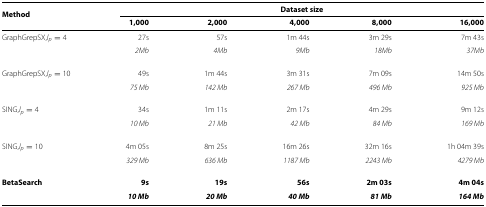
<table><thead><tr><td>[EMPTY_CELL]</td><td colspan="5"><b>Dataset size</b></td></tr><tr><td rowspan="2"><b>Method</b></td><td><b>1,000</b></td><td><b>2,000</b></td><td><b>4,000</b></td><td><b>8,000</b></td><td><b>16,000</b></td></tr></thead><tbody><tr><td>GraphGrepSX,<i>l</i><sub><i>p</i></sub>=4</td><td>27s</td><td>57s</td><td>1m 44s</td><td>3m 29s</td><td>7m 43s</td></tr><tr><td>[EMPTY_CELL]</td><td><i>2Mb</i></td><td><i>4Mb</i></td><td><i>9Mb</i></td><td><i>18Mb</i></td><td><i>37Mb</i></td></tr><tr><td>GraphGrepSX,<i>l</i><sub><i>p</i></sub>=10</td><td>49s</td><td>1m 44s</td><td>3m 31s</td><td>7m 09s</td><td>14m 50s</td></tr><tr><td>[EMPTY_CELL]</td><td><i>75 Mb</i></td><td><i>142 Mb</i></td><td><i>267 Mb</i></td><td><i>496 Mb</i></td><td><i>925 Mb</i></td></tr><tr><td>SING,<i>l</i><sub><i>p</i></sub>=4</td><td>34s</td><td>1m 11s</td><td>2m 17s</td><td>4m 29s</td><td>9m 12s</td></tr><tr><td>[EMPTY_CELL]</td><td><i>10 Mb</i></td><td><i>21 Mb</i></td><td><i>42 Mb</i></td><td><i>84 Mb</i></td><td><i>169 Mb</i></td></tr><tr><td>SING,<i>l</i><sub><i>p</i></sub>=10</td><td>4m 05s</td><td>8m 25s</td><td>16m 26s</td><td>32m 16s</td><td>1h 04m 39s</td></tr><tr><td>[EMPTY_CELL]</td><td><i>329 Mb</i></td><td><i>636 Mb</i></td><td><i>1187 Mb</i></td><td><i>2243 Mb</i></td><td><i>4279 Mb</i></td></tr><tr><td><b>BetaSearch</b></td><td><b>9s</b></td><td><b>19s</b></td><td><b>56s</b></td><td><b>2m 03s</b></td><td><b>4m 04s</b></td></tr><tr><td>[EMPTY_CELL]</td><td><b><i>10 Mb</i></b></td><td><b><i>20 Mb</i></b></td><td><b><i>40 Mb</i></b></td><td><b><i>81 Mb</i></b></td><td><b><i>164 Mb</i></b></td></tr></tbody></table>